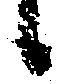
候